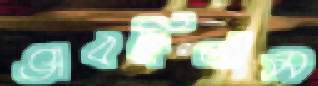
ভাবছিলাম